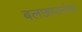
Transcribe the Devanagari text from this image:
बलछापानंतर